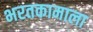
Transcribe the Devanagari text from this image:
भरतकामाला